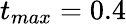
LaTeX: t_{max}=0.4